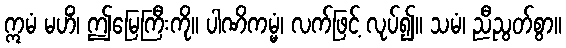
ဣမံ မဟိံ၊ ဤမြေကြီးကို။ ပါဏိကမ္မံ၊ လက်ဖြင့် လုပ်၍။ သမံ၊ ညီညွတ်စွာ။